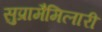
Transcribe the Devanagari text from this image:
सुप्रामैमिलारी